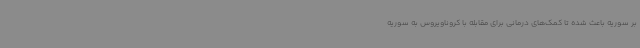
بر سوریه باعث شده تا کمک‌های درمانی برای مقابله با کروناویروس به سوریه